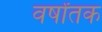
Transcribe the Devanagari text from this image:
वर्षोंतक